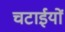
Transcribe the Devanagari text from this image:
चटाईयों